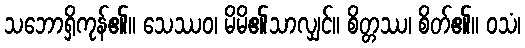
သဘောရှိကုန်၏။ သေဿဝ၊ မိမိ၏သာလျှင်။ စိတ္တဿ၊ စိတ်၏။ ဝသံ၊